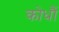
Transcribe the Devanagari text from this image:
कोधौं